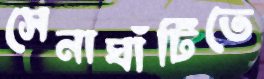
সেনাঘাঁটিতে